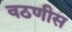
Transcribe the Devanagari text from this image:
वठणीस